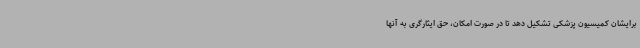
برایشان کمیسیون پزشکی تشکیل دهد تا در صورت امکان، حق ایثارگری به آنها